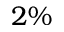
2 \%